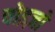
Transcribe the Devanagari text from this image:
चोइज़ो